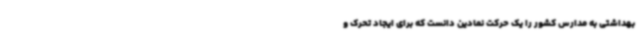
بهداشتی به مدارس کشور را یک حرکت نمادین دانست که برای ایجاد تحرک و